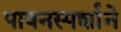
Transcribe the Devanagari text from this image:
पावनस्पर्शाने